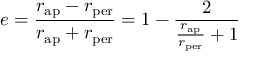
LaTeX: e = { \frac { r _ { \mathrm { a p } } - r _ { \mathrm { p e r } } } { r _ { \mathrm { a p } } + r _ { \mathrm { p e r } } } } = 1 - { \frac { 2 } { { \frac { r _ { \mathrm { a p } } } { r _ { \mathrm { p e r } } } } + 1 } }